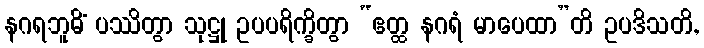
နဂရဘူမိံ ပဿိတွာ သုဋ္ဌု ဥပပရိက္ခိတွာ “ဧတ္ထ နဂရံ မာပေထာ”တိ ဥပဒိသတိ,